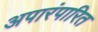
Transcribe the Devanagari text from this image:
अपारंपारित